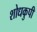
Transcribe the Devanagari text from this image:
शोधकुपी